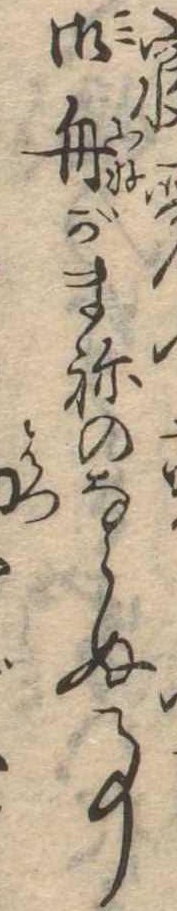
寝御舟がまねのならぬ事